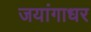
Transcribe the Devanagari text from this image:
जयांगाधर